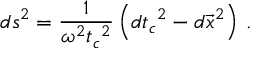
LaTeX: d s ^ { 2 } = \frac { 1 } { \omega ^ { 2 } { t _ { c } } ^ { 2 } } \left( { d t _ { c } } ^ { 2 } - d \vec { x } ^ { 2 } \right) \, .